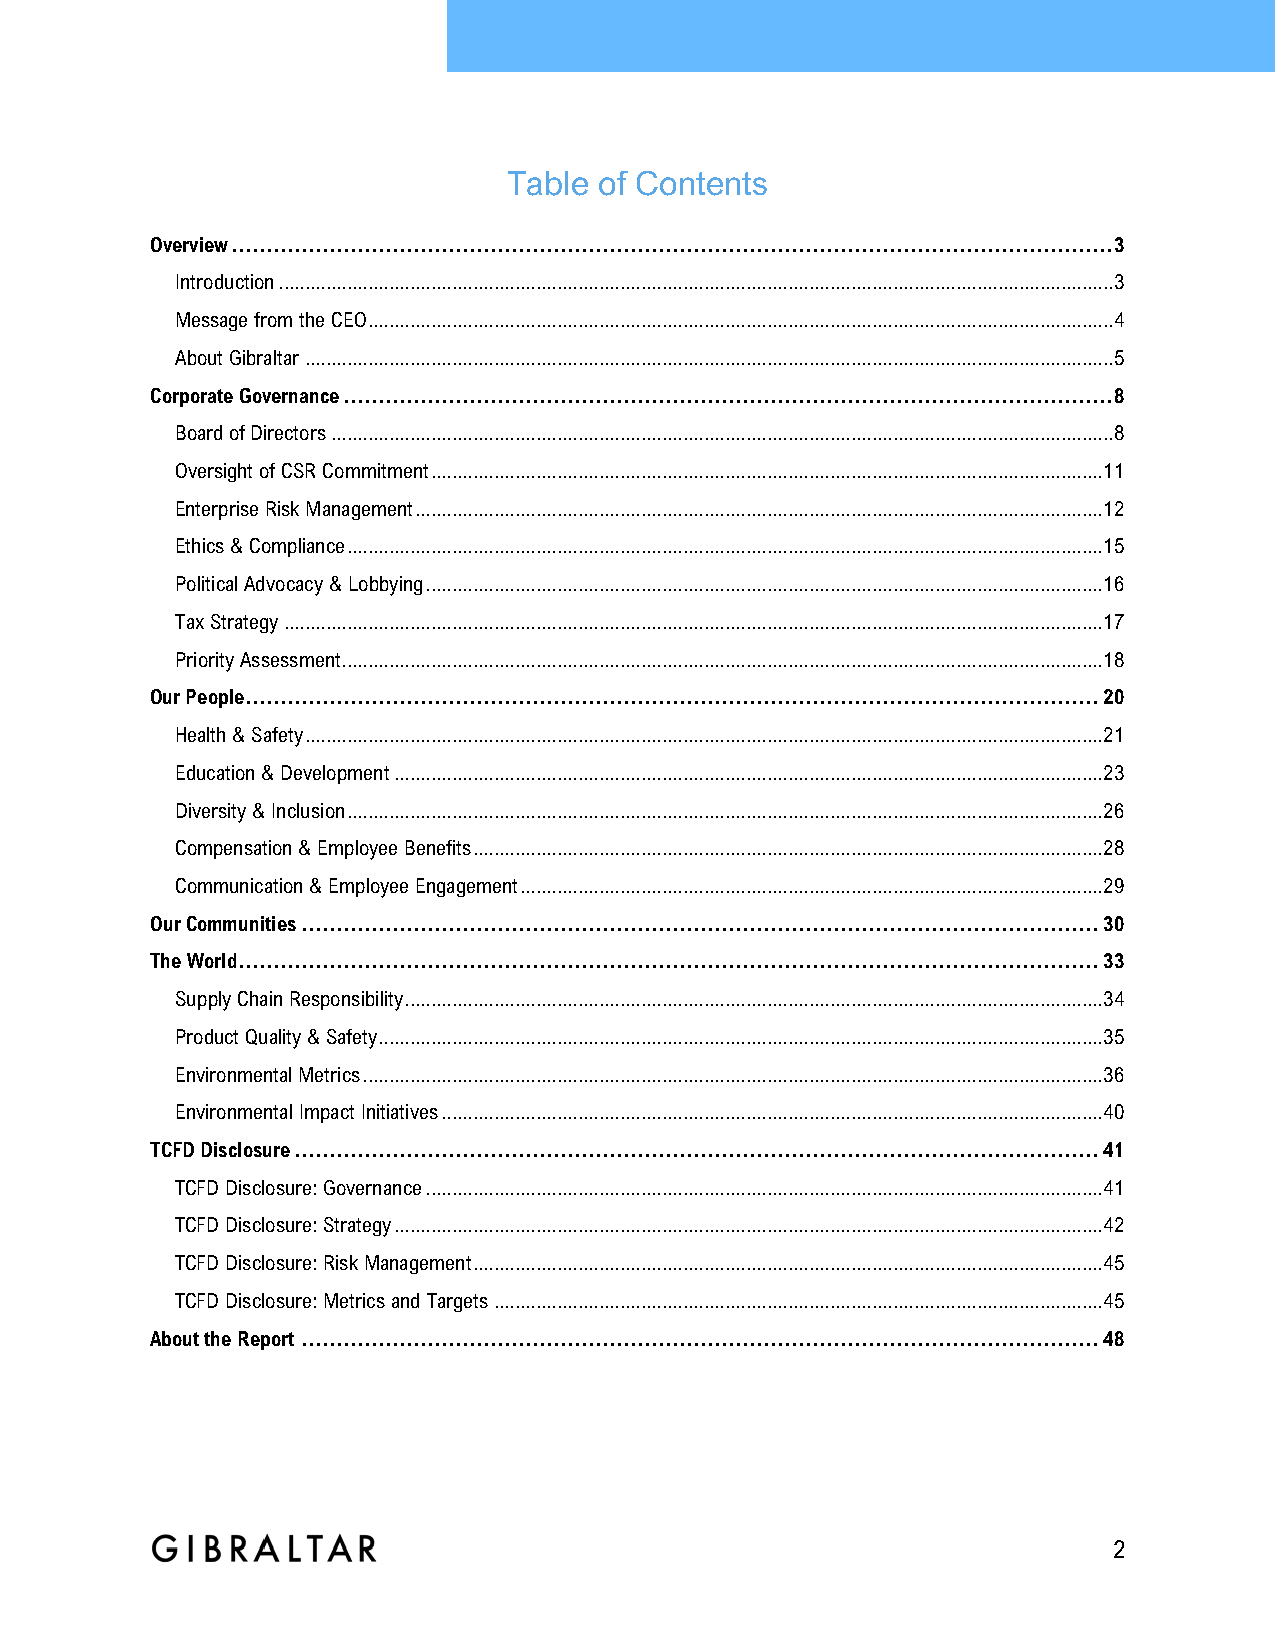
Table of Contents
 Overview .............................................................................................................................. 3
 Introduction ............................................................................................................................................................... 3
 Message from the CEO .............................................................................................................................................. 4
 About Gibraltar .......................................................................................................................................................... 5
 Corporate Governance .............................................................................................................. 8
 Board of Directors ..................................................................................................................................................... 8
 Oversight of CSR Commitment ................................................................................................................................ 11
 Enterprise Risk Management ................................................................................................................................... 12
 Ethics & Compliance ................................................................................................................................................ 15
 Political Advocacy & Lobbying ................................................................................................................................. 16
 Tax Strategy ............................................................................................................................................................ 17
 Priority Assessment ................................................................................................................................................. 18
 Our People .......................................................................................................................... 20
 Health & Safety ........................................................................................................................................................ 21
 Education & Development ....................................................................................................................................... 23
 Diversity & Inclusion ................................................................................................................................................ 26
 Compensation & Employee Benefits ........................................................................................................................ 28
 Communication & Employee Engagement ............................................................................................................... 29
 Our Communities .................................................................................................................. 30
 The World ........................................................................................................................... 33
 Supply Chain Responsibility ..................................................................................................................................... 34
 Product Quality & Safety.......................................................................................................................................... 35
 Environmental Metrics ............................................................................................................................................. 36
 Environmental Impact Initiatives .............................................................................................................................. 40
 TCFD Disclosure ................................................................................................................... 41
 TCFD Disclosure: Governance ................................................................................................................................. 41
 TCFD Disclosure: Strategy ....................................................................................................................................... 42
 TCFD Disclosure: Risk Management ........................................................................................................................ 45
 TCFD Disclosure: Metrics and Targets .................................................................................................................... 45
 About the Report .................................................................................................................. 48
 2